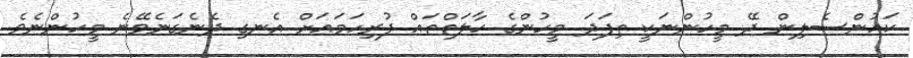
ކައުންސެލިން ދޭ މީހުންނަކީ ތިފަދަ މީހުންގެ ހާލަތްތައް ފުރިހަމައަށް އެނގި ދެނެގަނެވޭނެ މީހުންނެވެ.